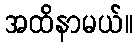
အထိနာမယ်။